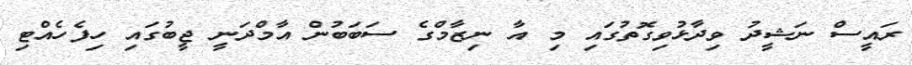
ރައީސް ނަޝީދު ވިދާޅުވިގޮތުގައި މި އާ ނިޒާމްގެ ސަބަބުން އާމްދަނީ ޖީބުގައި ހިފެހެއްޓި